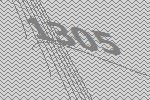
1305